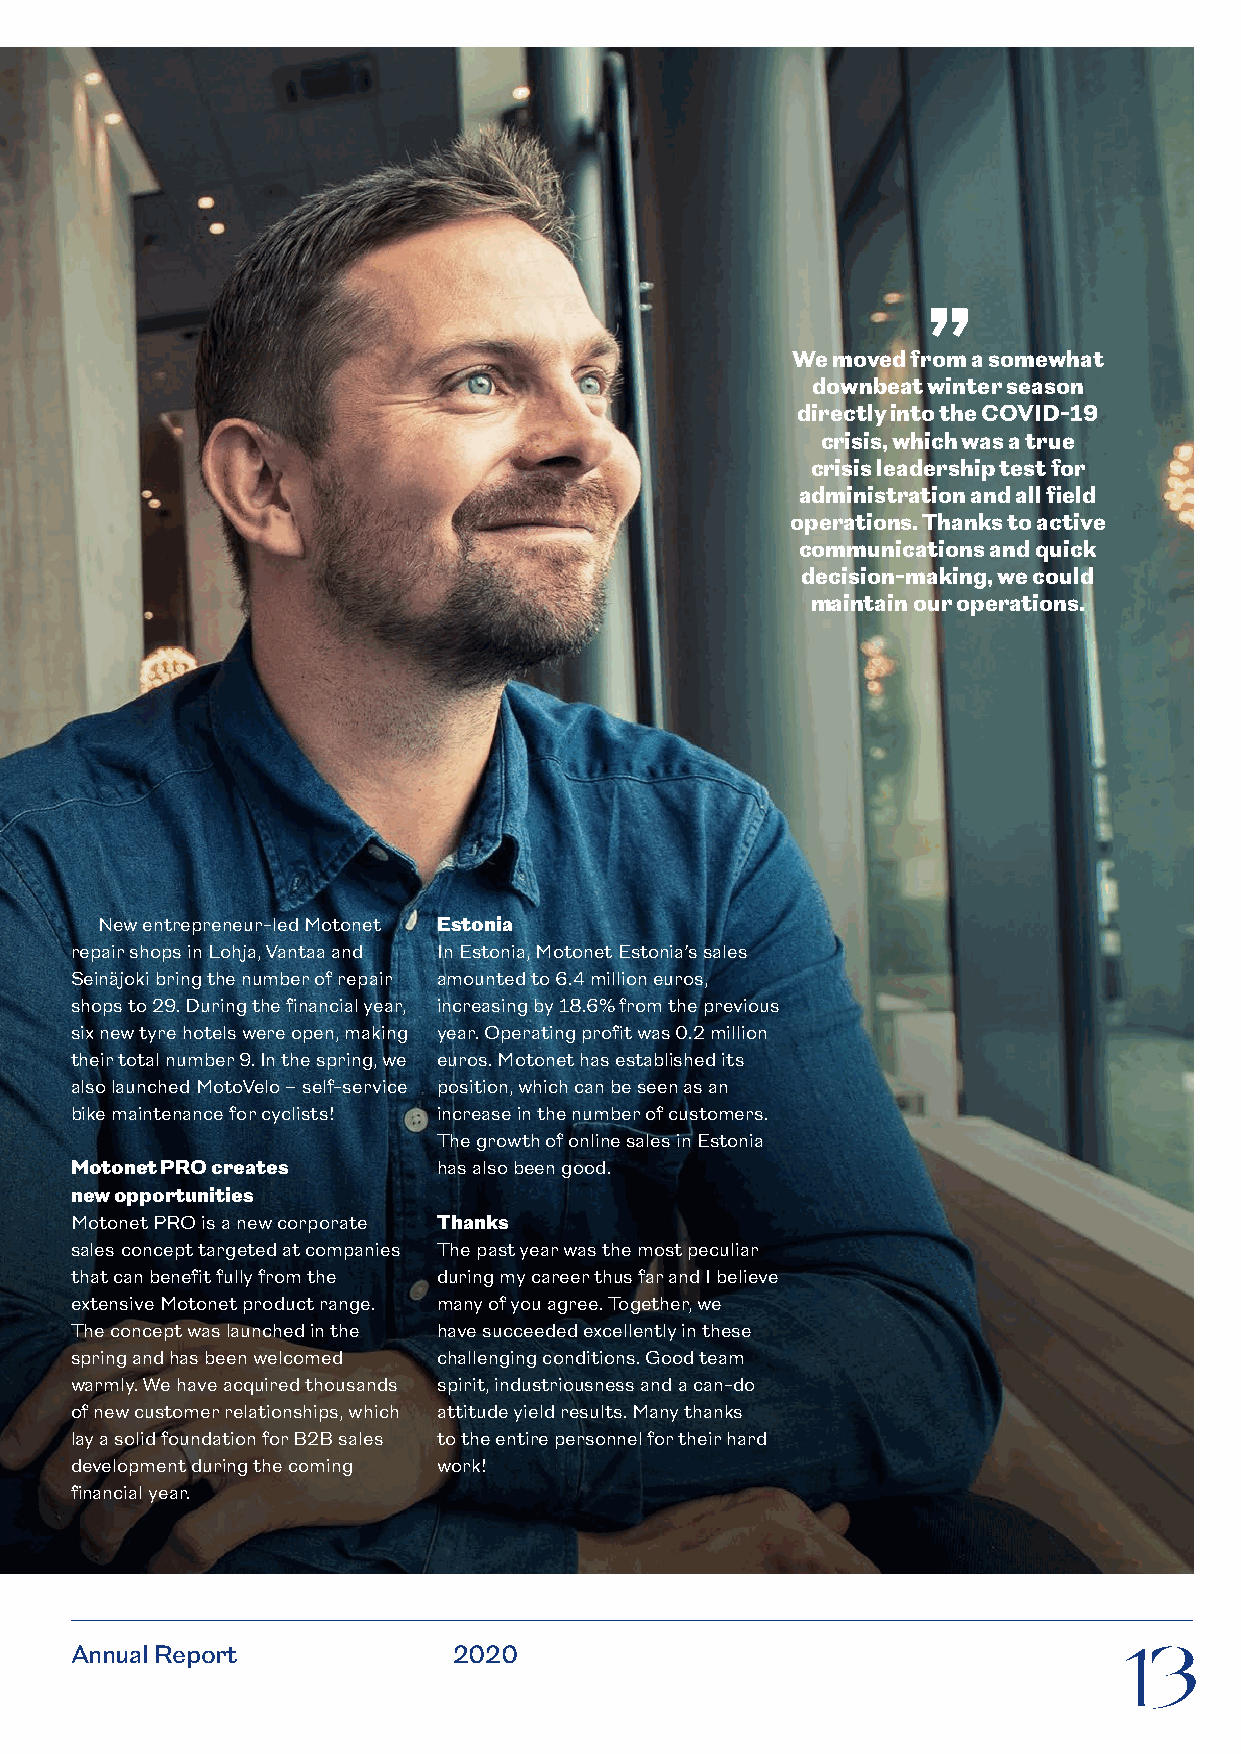
”
 We moved from a somewhat
 downbeat winter season
 directly into the COVID-19
 crisis, which was a true
 crisis leadership test for
 administration and all field
 operations. Thanks to active
 communications and quick
 decision-making, we could
 maintain our operations.
 New entrepreneur-led Motonet Estonia
 repair shops in Lohja, Vantaa and In Estonia, Motonet Estonia’s sales
 Seinäjoki bring the number of repair amounted to 6.4 million euros,
 shops to 29. During the financial year, increasing by 18.6% from the previous
 six new tyre hotels were open, making year. Operating profit was 0.2 million
 their total number 9. In the spring, we euros. Motonet has established its
 also launched MotoVelo – self-service position, which can be seen as an
 bike maintenance for cyclists! increase in the number of customers.
 The growth of online sales in Estonia
 Motonet PRO creates     has also been good.
 new opportunities
 Motonet PRO is a new corporate Thanks
 sales concept targeted at companies The past year was the most peculiar
 that can benefit fully from the during my career thus far and I believe
 extensive Motonet product range. many of you agree. Together, we
 The concept was launched in the have succeeded excellently in these
 spring and has been welcomed challenging conditions. Good team
 warmly. We have acquired thousands spirit, industriousness and a can-do
 of new customer relationships, which attitude yield results. Many thanks
 lay a solid foundation for B2B sales to the entire personnel for their hard
 development during the coming work!
 financial year.
 Annual Report            2020                                        13